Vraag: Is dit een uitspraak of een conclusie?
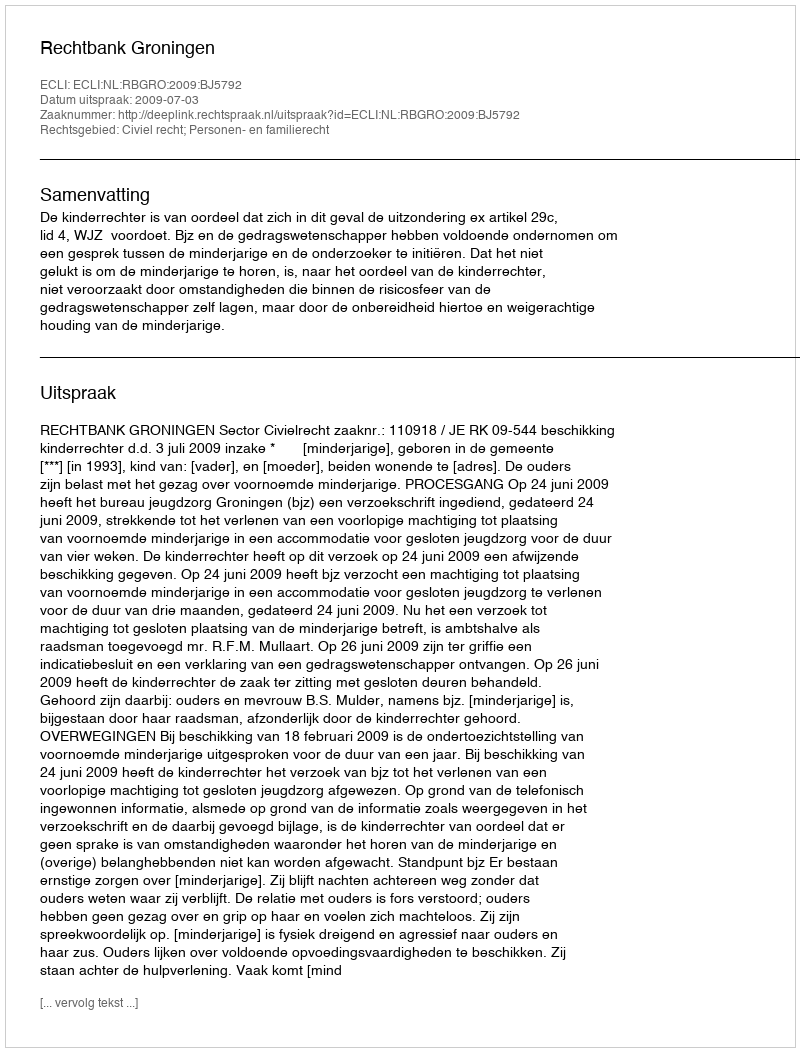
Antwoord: Uitspraak